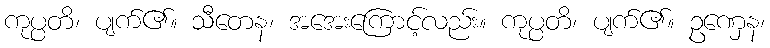
ကုပ္ပတိ၊ ပျက်၏။ သီတေန၊ အအေးကြောင့်လည်း။ ကုပ္ပတိ၊ ပျက်၏။ ဥဏှေန၊